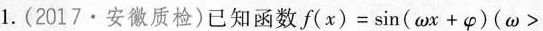
1.(2017·安徽质检)已知函数f(x)=sin(ωx+φ)(ω>